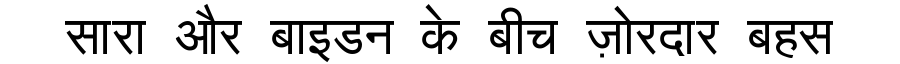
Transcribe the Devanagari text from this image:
सारा और बाइडन के बीच ज़ोरदार बहस